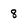
Character: 8